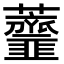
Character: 𧅴